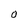
Character: O